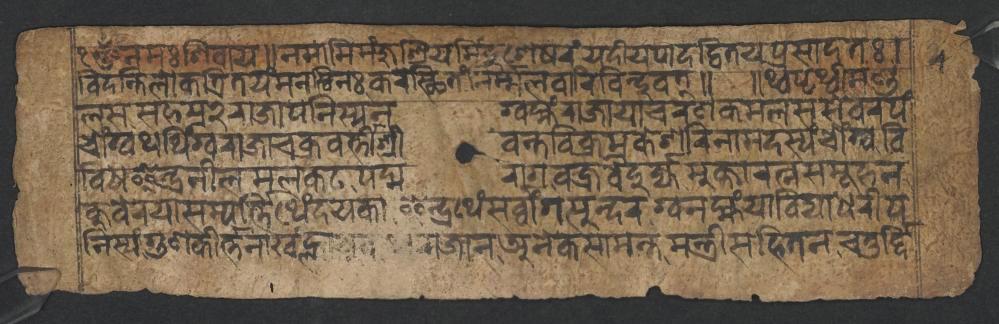
𑐌𑑄𑐣𑐩𑑅𑐱𑐶𑐰𑐵𑐫𑑌𑐣𑐩𑐵𑐩𑐶𑐩𑑄𑐖𑐸𑐱𑑂𑐬𑐶𑐫𑐩𑐶𑑄𑐡𑐸𑐱𑐾𑐲𑐬𑑄𑐫𑐡𑐷𑐫𑐥𑐵𑐡𑐡𑑂𑐰𑐶𑐟𑐫𑐥𑑂𑐬𑐳𑐵𑐡𑐟𑑅𑑋 𑐰𑐶𑐡𑐣𑑂𑐟𑐶𑐮𑑀𑐎𑐟𑑂𑐬𑐶𑐟𑐫𑑄𑐩𑐣𑐳𑑂𑐰𑐶𑐣𑑅𑐎𑐬𑐳𑑂𑐠𑐶𑐟𑑄𑐣𑐶𑐬𑑂𑐩𑑂𑐩𑐮𑐰𑐵𑐬𑐶𑐧𑐶𑐣𑑂𑐡𑐸𑐰𑐟𑑂𑑌 𑑌𑐠𑑂𑐰𑐥𑐺𑐠𑑂𑐰𑐷𑐩𑐞𑑂𑐜 𑐮𑐳𑐳𑐴𑐳𑑂𑐬𑑒𑐬𑐵𑐖𑐵𑐥𑐣𑐶𑐳𑑂𑐫𑐣𑐐𑑂𑐰𑐩𑑂𑐴𑑄𑐬𑐵𑐖𑐵𑐫𑐵𑐔𑐬𑐞𑐎𑐩𑐮𑐳𑐳𑐾𑐰𑐬𑐥𑑄 𑐔𑑀𑑄𑐐𑑂𑐰𑐠𑐠𑐶𑑄𑐐𑑂𑐰𑐬𑐵𑐖𑐵𑐔𑐎𑑂𑐬𑐰𑐬𑑂𑐟𑑂𑐟𑐷𑐱𑑂𑐬𑐷𑐰𑐣𑑂𑐟𑐰𑐶𑐎𑑂𑐬𑐩𑐎𑐾𑐱𑐬𑐶𑐣𑐵𑐩𑐡𑐳𑑂𑐫𑑄𑐔𑑀𑑄𑐐𑑂𑐰𑐰𑐶 𑐰𑐶𑐢𑐿𑐣𑑂𑐡𑑂𑐬𑐣𑐷𑐮𑐩𑐮𑐎𑐚𑐥𑐡𑑂𑐩𑐬𑐵𑐐𑐰𑐖𑑂𑐬𑐰𑐿𑐡𑐸𑐬𑑂𑐖𑑂𑐖𑐩𑐸𑐎𑑂𑐟𑐵𑐬𑐟𑑂𑐣𑐳𑐩𑐹𑐴𑐣 𑐎𑐸𑐧𑐾𑐬𑐫𑐵𑐳𑐩𑑂𑐥𑐬𑑂𑐟𑑂𑐟𑐶𑐠𑐾𑑄𑐡𑐫𑐎𑐵𑐂𑐣𑑂𑐡𑑂𑐬𑐠𑐾𑑄𑐳𑐬𑑂𑐰𑑂𑐰𑐵𑑄𑐐𑐳𑐸𑐣𑑂𑐡𑐬𑐐𑑂𑐰𑐣𑐩𑑂𑐴𑑄𑐫𑐵𑐰𑐶𑐡𑑂𑐫𑐵𑐢𑐬𑐷𑐥 𑐣𑐶𑐳𑑂𑐫𑑄𑐐𑐸𑐞𑐎𑐷𑐬𑑂𑐟𑑂𑐟𑐣𑐵𑐏𑑄𑐮𑑂𑐴𑐵𑐫𑐸𑐰𑐠𑑂𑐰𑐬𑐵𑐖𑐵𑐣𑐀𑐣𑐾𑐎𑐳𑐵𑐩𑐣𑑂𑐟𑐩𑐣𑑂𑐟𑑂𑐬𑐷𑐳𑐴𑐶𑐟𑐣𑐔𑐟𑐸𑐬𑑂𑐡𑑂𑐡𑐶